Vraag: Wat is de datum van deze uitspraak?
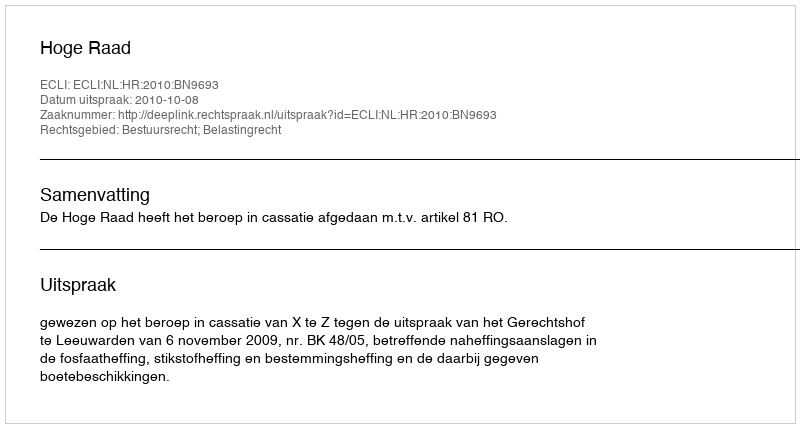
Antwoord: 2010-10-08